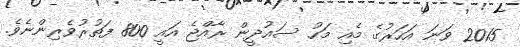
2015 ވަނަ އަހަރުގެ މެއި މަހު ސައުދީން ރާއްޖެ އައީ 800 ފަތުރުވެރިންނެވެ.